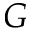
G